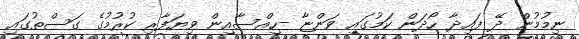
ނިމުމުން ދޭ ފައިދާ ހޯދަން ކަމުގައި ވަންޏާ -ހިއްސާއިން ވިޔަފާރި ކުރުމުގެ ގަސްތުގައި